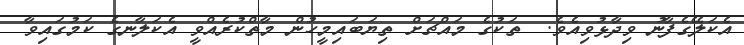
އެކަލޭގެފާނު ވިދާޅުވިއެވެ.  ތަކުގެ މައްޗަށް ތިޔަބައިމީހުން މާތްކުރެއްވީ އެކަލާނގެ ކަމުގައިވާ